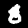
Label: 8